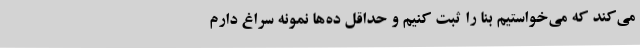
می‌کند که می‌خواستیم بنا را ثبت کنیم و حداقل ده‌ها نمونه سراغ دارم